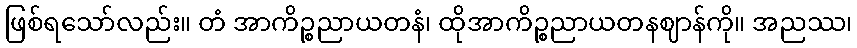
ဖြစ်ရသော်လည်း။ တံ အာကိဉ္စညာယတနံ၊ ထိုအာကိဉ္စညာယတနဈာန်ကို။ အညဿ၊